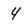
Character: 4